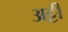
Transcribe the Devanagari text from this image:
अट्टी